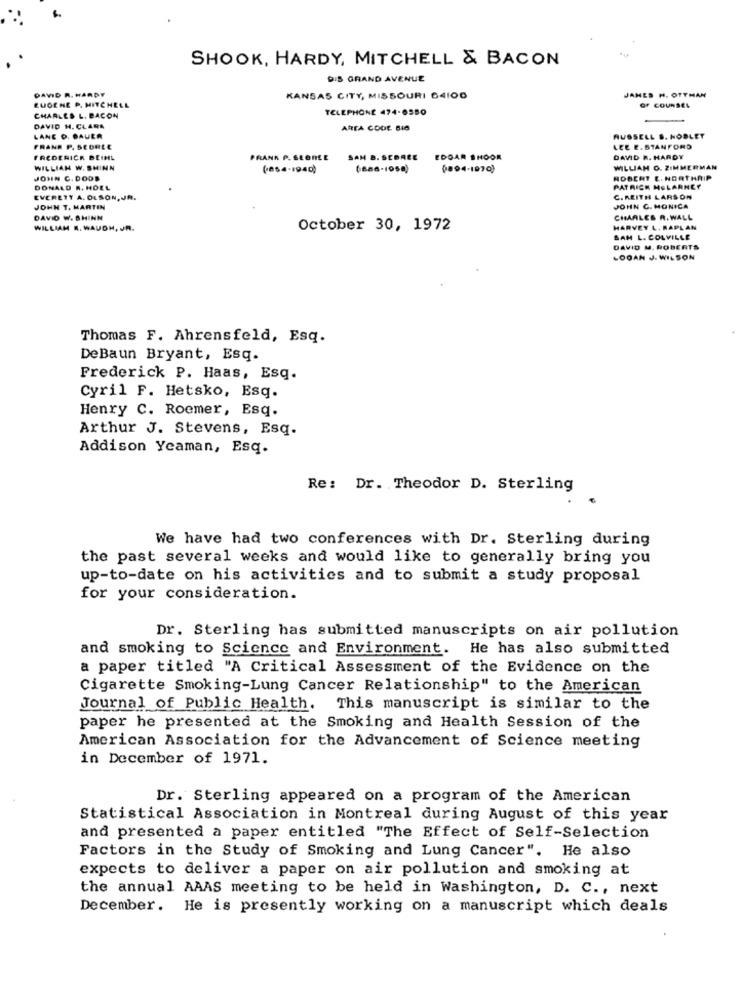
SHOOK, HARDY, MITCHELL & BACON
DIS GRAND AVENUE
DAVID R. HARDY
EUGENE P. MITCHELL
KANSAS CITY, MISSOURI 64106
JAMES H. OTTHAN
TELEPHONE 474-6580
OF COUNSEL
CHARLES L. BACON
DAVID H. CLARA
AREA CODE BIG
LANE O. BAUER
RUSSELL B. NOBLET
FRANK P. SEORLE
LEE E. STANFORD
FREDERICK BEIHL
PRANK P. SŁONEE
SAM D. SEBARE
EDGAR SHOOK
DAVID R. HARDY
WILLIAM W. SHINN
(654-1940)
0894-1970)
WILLIAM O. ZIMMERMAN
JOHN C. DOOD
ROBERT C. NORTHAIP
DONALD W. HOLL
PATRICK MOLARNEY
EVERETT A. OLSON, JR.
C. REITH LARSON
JOHN T. MARTIN
JOHN C. MONICA
DAVID W. SHINN
CHARLES R. WALL
WILLIAM R. WAUDH, JR.
October 30, 1972
HARVEY L. RAPLAN
SAM L. COLVILLE
DAVID M. ROBERTS
LOGAN J. WILSON
Thomas F. Ahrensfeld, Esq.
DeBaun Bryant, Esq.
Frederick P. Haas, Esq.
Cyril F. Hetsko, Esq.
Henry C. Roemer, Esq.
Arthur J. Stevens, Esq.
Addison Yeaman, Esq.
Re: Dr. Theodor D. Sterling
We have had two conferences with Dr. Sterling during
the past several weeks and would like to generally bring you
up-to-date on his activities and to submit a study proposal
for your consideration.
Dr. Sterling has submitted manuscripts on air pollution
and smoking to Science and Environment. He has also submitted
a paper titled "A Critical Assessment of the Evidence on the
Cigarette Smoking-Lung Cancer Relationship" to the American
Journal of Public Health. This manuscript is similar to the
paper he presented at the Smoking and Health Session of the
American Association for the Advancement of Science meeting
in December of 1971.
Dr. Sterling appeared on a program of the American
Statistical Association in Montreal during August of this year
and presented a paper entitled "The Effect of Self-Selection
Factors in the Study of Smoking and Lung Cancer". He also
expects to deliver a paper on air pollution and smoking at
the annual AAAS meeting to be held in Washington, D. C ., next
December. He is presently working on a manuscript which deals